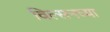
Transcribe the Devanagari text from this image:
विल्सनच्या